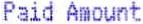
PAID AMOUNT